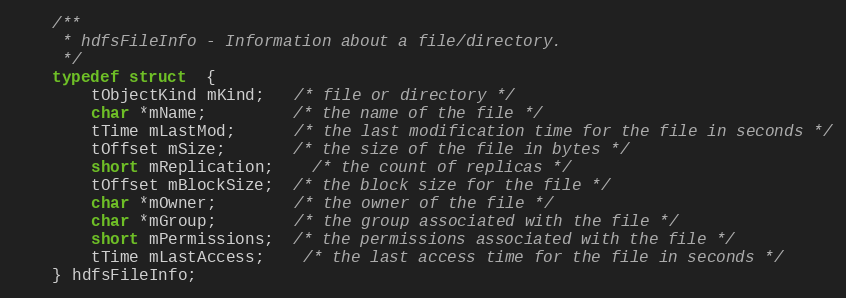
Language: C
    /**
     * hdfsFileInfo - Information about a file/directory.
     */
    typedef struct  {
        tObjectKind mKind;   /* file or directory */
        char *mName;         /* the name of the file */
        tTime mLastMod;      /* the last modification time for the file in seconds */
        tOffset mSize;       /* the size of the file in bytes */
        short mReplication;    /* the count of replicas */
        tOffset mBlockSize;  /* the block size for the file */
        char *mOwner;        /* the owner of the file */
        char *mGroup;        /* the group associated with the file */
        short mPermissions;  /* the permissions associated with the file */
        tTime mLastAccess;    /* the last access time for the file in seconds */
    } hdfsFileInfo;